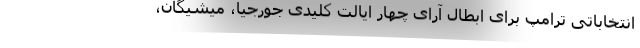
انتخاباتی ترامپ برای ابطال آرای چهار ایالت کلیدی جورجیا، میشیگان،